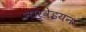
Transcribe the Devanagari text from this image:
नार्वेइयन